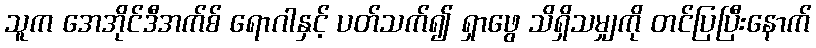
သူက အေအိုင်ဒီအက်စ် ရောဂါနှင့် ပတ်သက်၍ ရှာဖွေ သိရှိသမျှကို တင်ပြပြီးနောက်